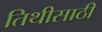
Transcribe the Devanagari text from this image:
तिथीसाठी